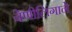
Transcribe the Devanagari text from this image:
बेणीलिंगाने